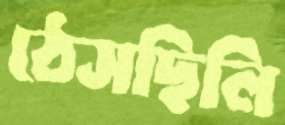
ঠেসছিলি